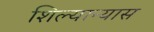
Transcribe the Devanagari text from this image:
शिल्यान्यास